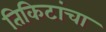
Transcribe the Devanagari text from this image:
तिकिटांचा